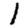
Digit: 1